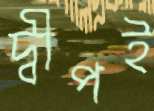
দ্বীপই